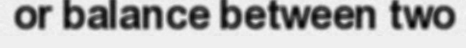
or balance between two